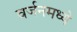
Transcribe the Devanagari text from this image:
वर्जनमध्ये